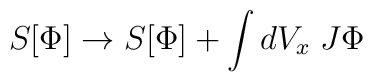
S[\Phi]\rightarrow S[\Phi] +\int dV_x\; J\Phi